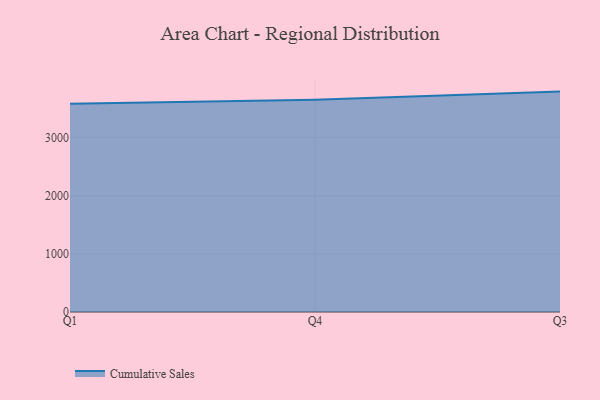
{"axis": {"x": "Quarter", "y": "Budget (USD K)"}, "legend": ["Cumulative Sales"], "data": [{"x": "Q1", "y": 3582.6, "type": "Cumulative Sales"}, {"x": "Q4", "y": 3651.2, "type": "Cumulative Sales"}, {"x": "Q3", "y": 3789.6, "type": "Cumulative Sales"}]}